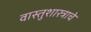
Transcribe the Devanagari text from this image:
वास्तुशास्त्राचे